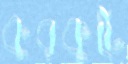
কুরকুটে